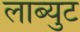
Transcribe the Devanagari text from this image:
लाब्युट